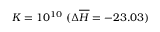
K = 1 0 ^ { 1 0 } ~ ( \Delta \overline { { H } } = - 2 3 . 0 3 )